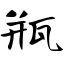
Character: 瓶